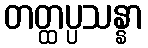
တတ္ထပ္ပသန္နာ